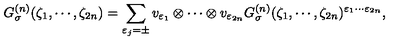
G _ { \sigma } ^ { ( n ) } ( \zeta _ { 1 } , \cdots , \zeta _ { 2 n } ) = \sum _ { \varepsilon _ { j } = \pm } v _ { \varepsilon _ { 1 } } \otimes \cdots \otimes v _ { \varepsilon _ { 2 n } } G _ { \sigma } ^ { ( n ) } ( \zeta _ { 1 } , \cdots , \zeta _ { 2 n } ) ^ { \varepsilon _ { 1 } \cdots \varepsilon _ { 2 n } } ,